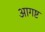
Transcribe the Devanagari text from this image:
आगष्ट